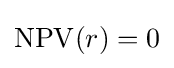
\operatorname {NPV} (r)=0